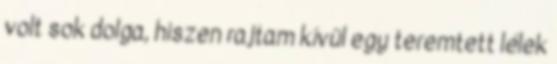
volt sok dolga, hiszen rajtam kívül egy teremtett lélek